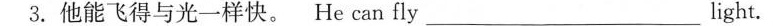
3.他能飞得与光一样快。He can fly ___light。